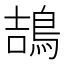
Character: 鴶